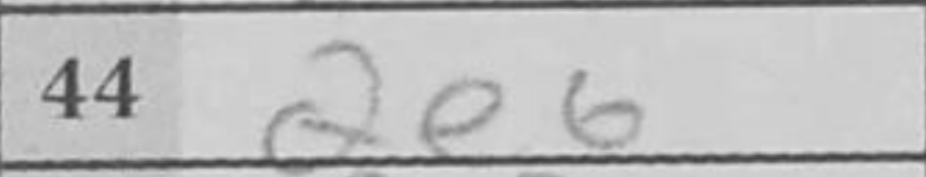
Transcription: Qe6